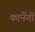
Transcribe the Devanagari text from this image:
कानेंगी